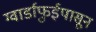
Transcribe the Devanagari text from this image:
ग्वार्डाफुईपासून